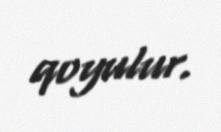
qoyulur.